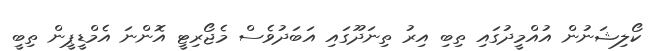
ކޯލިޝަނުން އުއްމީދުގައި ތިބި އިރު ތިނަދޫގައި އަބަދުވެސް މެޖޯރިޓީ އޮންނަ އެމްޑީޕީން ތިބީ